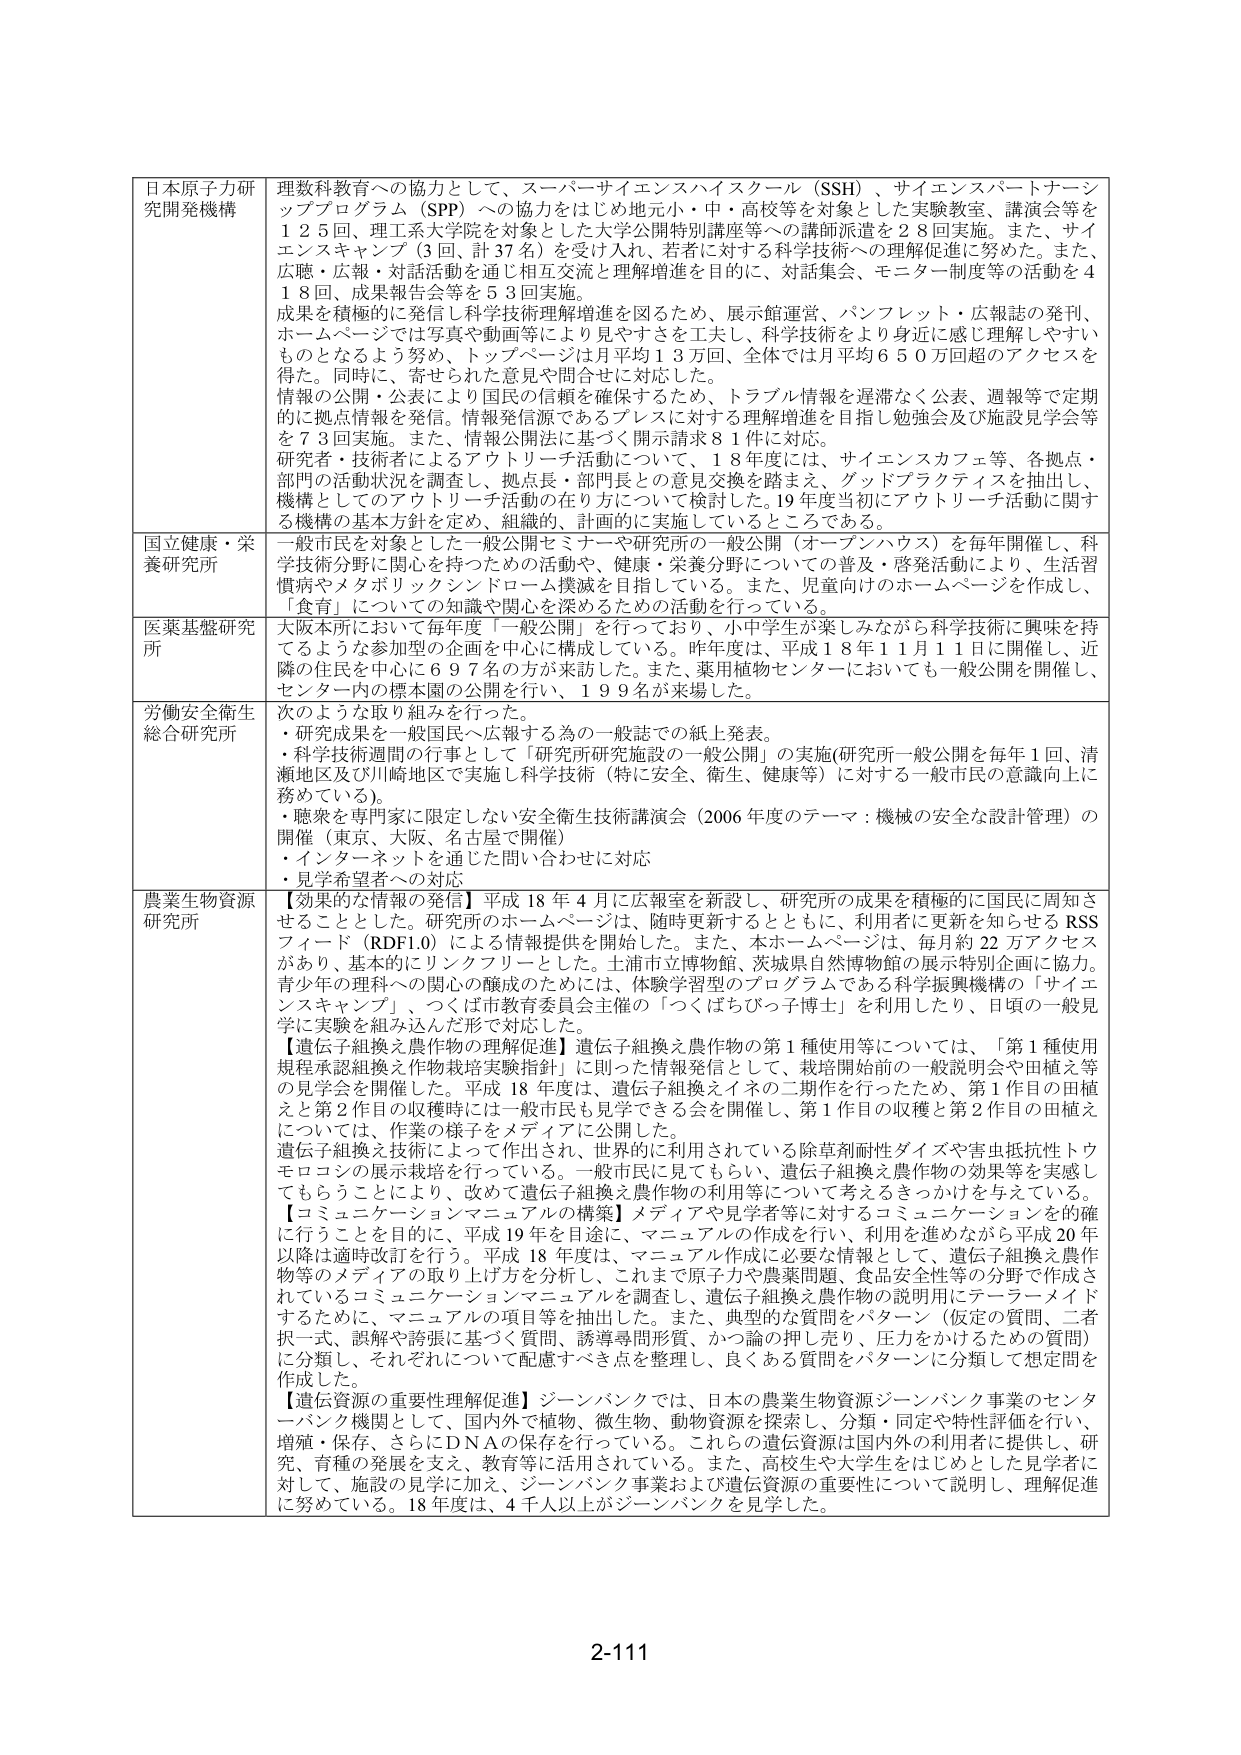
日本原子力研究開発機構 理数科教育への協力として、スーパーサイエンスハイスクール（SSH）、サイエンスパートナーシッププログラム（SPP）への協力をはじめ地元小・中・高校等を対象とした実験教室、講演会等を１２５回、理工系大学院を対象とした大学公開特別講座等への講師派遣を２８回実施。また、サイエンスキャンプ（３回、計37名）を受け入れ、若者に対する科学技術への理解促進に努めた。また、広聴・広報・対話活動を通じ相互交流と理解増進を目的に、対話集会、モニター制度等の活動を４１８回、成果報告会等を５３回実施。成果を積極的に発信し科学技術理解増進を図るため、展示館運営、パンフレット・広報誌の発刊、ホームページでは写真や動画等により見やすさを工夫し、科学技術をより身近に感じ理解しやすいものとなるよう努め、トップページは月平均１３万回、全体では月平均６５０万回超のアクセスを得た。同時に、寄せられた意見や問合せに対応した。情報の公開・公表により国民の信頼を確保するため、トラブル情報を遅滞なく公表、週報等で定期的に拠点情報を発信。情報発信源であるプレスに対する理解増進を目指し勉強会及び施設見学会等を７３回実施。また、情報公開法に基づく開示請求８１件に対応。研究者・技術者によるアウトリーチ活動について、１８年度には、サイエンスカフェ等、各拠点・部門の活動状況を調査し、拠点長・部門長との意見交換を踏まえ、グッドプラクティスを抽出し、機構としてのアウトリーチ活動の在り方について検討した。19年度当初にアウトリーチ活動に関する機構の基本方針を定め、組織的、計画的に実施しているところである。

国立健康・栄養研究所 一般市民を対象とした一般公開セミナーや研究所の一般公開（オープンハウス）を毎年開催し、科学技術分野に関心を持つための活動や、健康・栄養分野についての普及・啓発活動により、生活習慣病やメタボリックシンドローム撲滅を目指している。また、児童向けのホームページを作成し、「食育」についての知識や関心を深めるための活動を行っている。

医薬基盤研究所 大阪本所において毎年度「一般公開」を行っており、小中学生が楽しみながら科学技術に興味を持てるような参加型の企画を中心に構成している。昨年度は、平成１８年１１月１１日に開催し、近隣の住民を中心に６９７名の方が来訪した。また、薬用植物センターにおいても一般公開を開催し、センター内の標本園の公開を行い、１９９名が来場した。

労働安全衛生総合研究所 次のような取り組みを行った。・研究成果を一般国民へ広報する為の一般誌での紙上発表。・科学技術週間の行事として「研究所研究施設の一般公開」の実施(研究所一般公開を毎年１回、清瀬地区及び川崎地区で実施し科学技術（特に安全、衛生、健康等）に対する一般市民の意識向上に務めている)。・聴衆を専門家に限定しない安全衛生技術講演会（2006年度のテーマ：機械の安全な設計管理）の開催（東京、大阪、名古屋で開催）・インターネットを通じた問い合わせに対応・見学希望者への対応

農業生物資源研究所 【効果的な情報の発信】平成18年4月に広報室を新設し、研究所の成果を積極的に国民に周知させることとした。研究所のホームページは、随時更新するとともに、利用者に更新を知らせるRSSフィード（RDF1.0）による情報提供を開始した。また、本ホームページは、毎月約22万アクセスがあり、基本的にリンクフリーとした。土浦市立博物館、茨城県自然博物館の展示特別企画に協力。青少年の理科への関心の醸成のためには、体験学習型のプログラムである科学振興機構の「サイエンスキャンプ」、つくば市教育委員会主催の「つくばちびっ子博士」を利用したり、日頃の一般見学に実験を組み込んだ形で対応した。【遺伝子組換え農作物の理解促進】遺伝子組換え農作物の第1種使用等については、「第1種使用規程承認組換え作物栽培実験指針」に則った情報発信として、栽培開始前の一般説明会や田植え等の見学会を開催した。平成18年度は、遺伝子組換えイネの二期作を行ったため、第1作目の田植えと第2作目の収穫時には一般市民も見学できる会を開催し、第1作目の収穫と第2作目の田植えについては、作業の様子をメディアに公開した。遺伝子組換え技術によって作出され、世界的に利用されている除草剤耐性ダイズや害虫抵抗性トウモロコシの展示栽培を行っている。一般市民に見てもらい、遺伝子組換え農作物の効果等を実感してもらうことにより、改めて遺伝子組換え農作物の利用等について考えるきっかけを与えている。【コミュニケーションマニュアルの構築】メディアや見学者等に対するコミュニケーションを的確に行うことを目的に、平成19年を目途に、マニュアルの作成を行い、利用を進めながら平成20年以降は適時改訂を行う。平成18年度は、マニュアル作成に必要な情報として、遺伝子組換え農作物等のメディアの取り上げ方を分析し、これまで原子力や農薬問題、食品安全性等の分野で作成されているコミュニケーションマニュアルを調査し、遺伝子組換え農作物の説明用にテーマメイドするために、マニュアルの項目等を抽出した。また、典型的な質問をバターン（仮定の質問、二者択一式、誤解や誤謬に基づく質問、誘導尋問形質、かつ論の押し売り、圧力をかけるための質問）に分類し、それぞれについて配慮すべき点を整理し、良くある質問をバターンに分類して想定問を作成した。【遺伝資源の重要性理解促進】ジーンバンクでは、日本の農業生物資源ジーンバンク事業のセンターバンク機関として、国内外で植物、微生物、動物資源を探索し、分類・同定や特性評価を行い、増殖・保存、さらにDNAの保存を行っている。これらの遺伝資源は国内外の利用者に提供し、研究、育種の発展を支え、教育等に活用されている。また、高校生や大学生をはじめとした見学者に対して、施設の見学に加え、ジーンバンク事業および遺伝資源の重要性について説明し、理解促進に努めている。18年度は、4千人以上がジーンバンクを見学した。

2-111